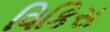
વિકિસ